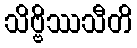
သိဗ္ဗိဿသီတိ